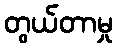
တွယ်တာမှု